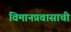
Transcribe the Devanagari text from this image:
विमानप्रवासाची